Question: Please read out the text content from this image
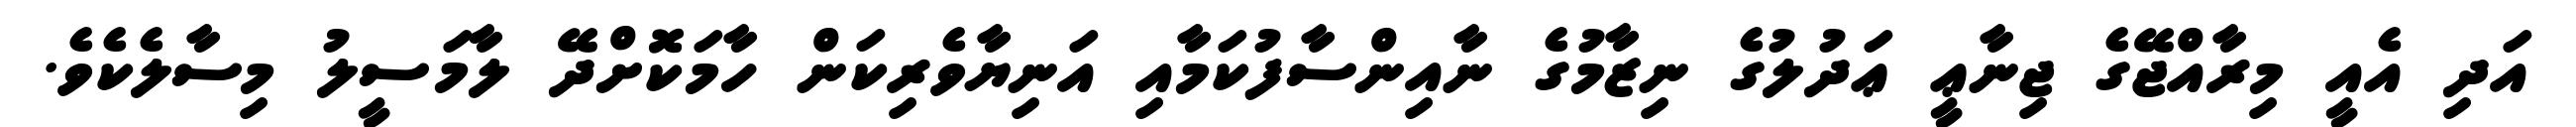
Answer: އަދި އެއީ މިރާއްޖޭގެ ޖިނާޢީ ޢަދުލުގެ ނިޒާމުގެ ނާއިންސާފުކަމާއި އަނިޔާވެރިކަން ހާމަކޮށްދޭ ލާމަސީލު މިސާލެކެވެ.